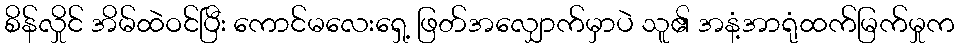
စိန်လှိုင် အိမ်ထဲဝင်ပြီး ကောင်မလေးရှေ့ ဖြတ်အလျှောက်မှာပဲ သူ၏ အနံ့အာရုံထက်မြက်မှုက